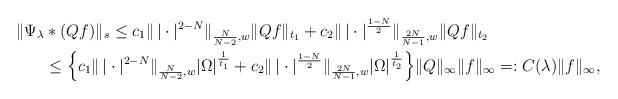
LaTeX: \begin{align*}\|\Psi_\lambda &\ast (Qf)\|_s \leq c_1\|\, |\cdot|^{2-N}\|_{\frac{N}{N-2},w}\|Qf\|_{t_1}+c_2\|\, |\cdot|^{\frac{1-N}{2}}\|_{\frac{2N}{N-1},w} \|Qf\|_{t_2}\\&\leq \Bigl\{c_1\|\, |\cdot|^{2-N}\|_{\frac{N}{N-2},w} |\Omega|^{\frac1{t_1}}+c_2\|\, |\cdot|^{\frac{1-N}{2}}\|_{\frac{2N}{N-1},w} |\Omega|^{\frac1{t_2}}\Bigr\}\|Q\|_\infty \|f\|_\infty=:C(\lambda)\|f\|_\infty,\end{align*}